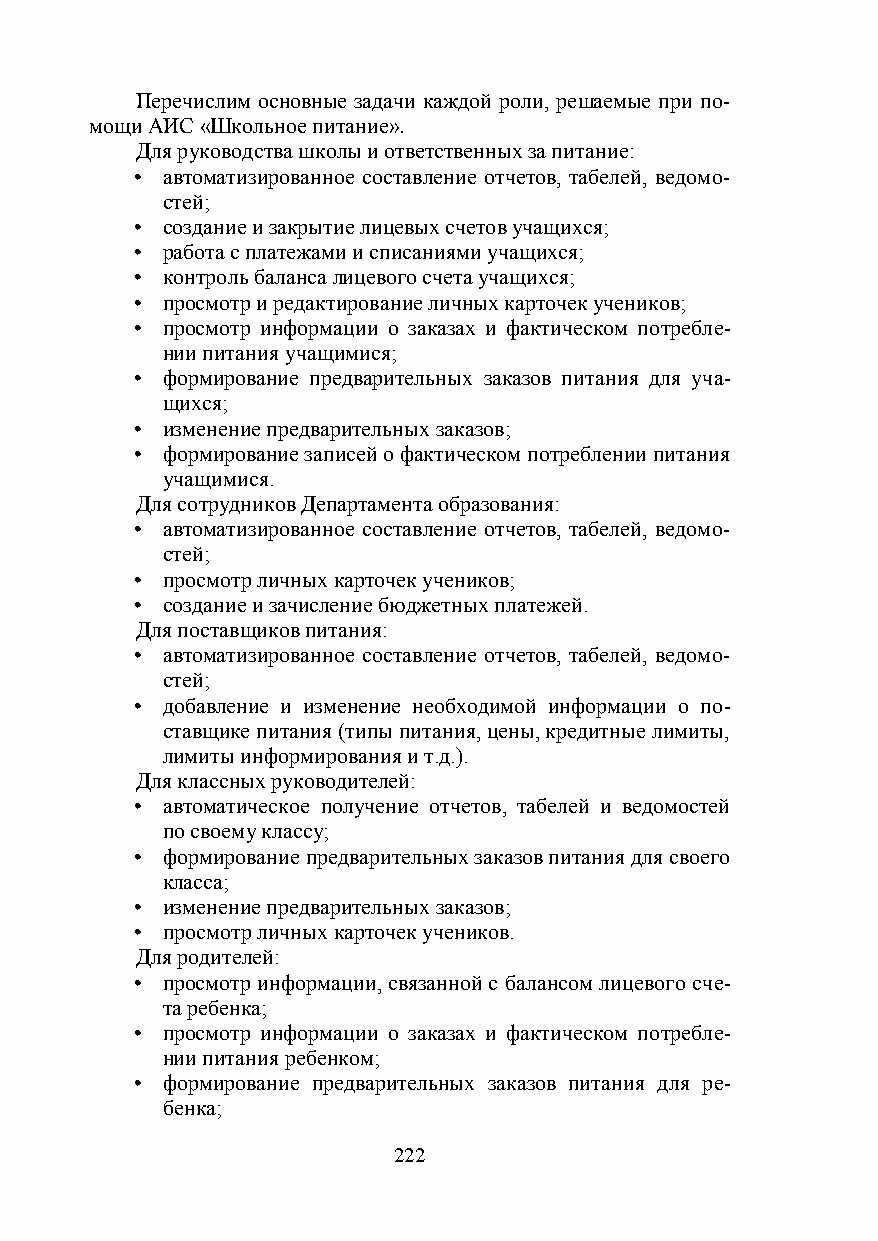
Перечислим основные задачи каждой роли, решаемые при по-
 мощи АИС «Школьное питание».
 Для руководства школы и ответственных за питание:
 • автоматизированное составление отчетов, табелей, ведомо-
 стей;
 • создание и закрытие лицевых счетов учащихся;
 • работа с платежами и списаниями учащихся;
 • контроль баланса лицевого счета учащихся;
 • просмотр и редактирование личных карточек учеников;
 • просмотр информации о заказах и фактическом потребле-
 нии питания учащимися;
 • формирование предварительных заказов питания для уча-
 щихся;
 • изменение предварительных заказов;
 • формирование записей о фактическом потреблении питания
 учащимися.
 Для сотрудников Департамента образования:
 • автоматизированное составление отчетов, табелей, ведомо-
 стей;
 • просмотр личных карточек учеников;
 • создание и зачисление бюджетных платежей.
 Для поставщиков питания:
 • автоматизированное составление отчетов, табелей, ведомо-
 стей;
 • добавление и изменение необходимой информации о по-
 ставщике питания (типы питания, цены, кредитные лимиты,
 лимиты информирования и т.д.).
 Для классных руководителей:
 • автоматическое получение отчетов, табелей и ведомостей
 по своему классу;
 • формирование предварительных заказов питания для своего
 класса;
 • изменение предварительных заказов;
 • просмотр личных карточек учеников.
 Для родителей:
 • просмотр информации, связанной с балансом лицевого сче-
 та ребенка;
 • просмотр информации о заказах и фактическом потребле-
 нии питания ребенком;
 • формирование предварительных заказов питания для ре-
 бенка;
 222